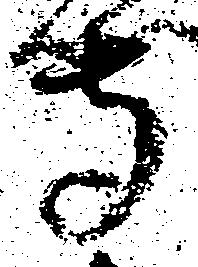
寺